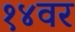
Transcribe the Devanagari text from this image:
१४वर